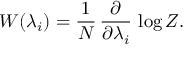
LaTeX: W ( \lambda _ { i } ) = \frac { 1 } { N } \, \frac { \partial } { \partial \lambda _ { i } } \, \log Z .